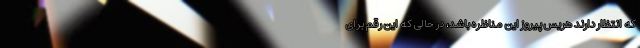
که انتظار دارند هریس پیروز این مناظره باشد، در حالی که این رقم برای